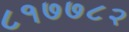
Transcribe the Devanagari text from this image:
८१७७८२